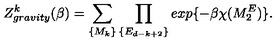
Z _ { g r a v i t y } ^ { k } ( \beta ) = \sum _ { \{ M _ { k } \} } \prod _ { \{ E _ { d - k + 2 } \} } e x p \{ - \beta \chi ( M _ { 2 } ^ { E } ) \} .